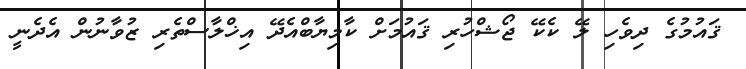
ޤައުމުގެ ދިވެހި ލޭ ކެކޭ ޖޯޝްހުރި ޤައުމަށް ކާމިޔާބްއެދޭ އިޚްލާސްތެރި ޒުވާނުން އެދެނީ